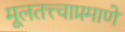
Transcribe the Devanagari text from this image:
मूलतत्त्वाप्रमाणे